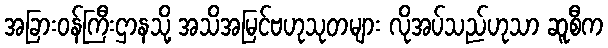
အခြားဝန်ကြီးဌာနသို့ အသိအမြင်ဗဟုသုတများ လိုအပ်သည်ဟုသာ ဆူစီက